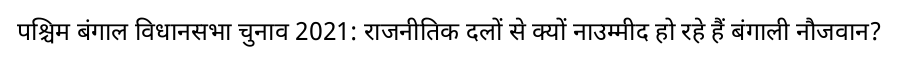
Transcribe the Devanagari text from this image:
पश्चिम बंगाल विधानसभा चुनाव 2021: राजनीतिक दलों से क्यों नाउम्मीद हो रहे हैं बंगाली नौजवान?